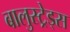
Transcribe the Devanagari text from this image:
बालुस्‍ट्रेड्स